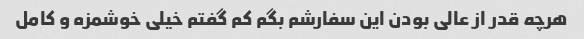
هرچه قدر از عالی بودن این سفارشم بگم کم گفتم خیلی خوشمزه و کامل